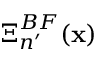
\boldsymbol { \Xi } _ { n ^ { \prime } } ^ { B F } ( { \bf x } )